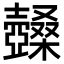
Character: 𡕏